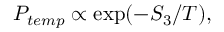
P _ { t e m p } \propto \exp ( - S _ { 3 } / T ) ,